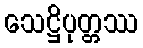
သေဋ္ဌိပုတ္တဿ